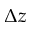
\Delta z